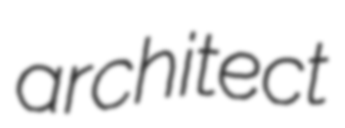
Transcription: architect